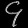
Digit: ၄